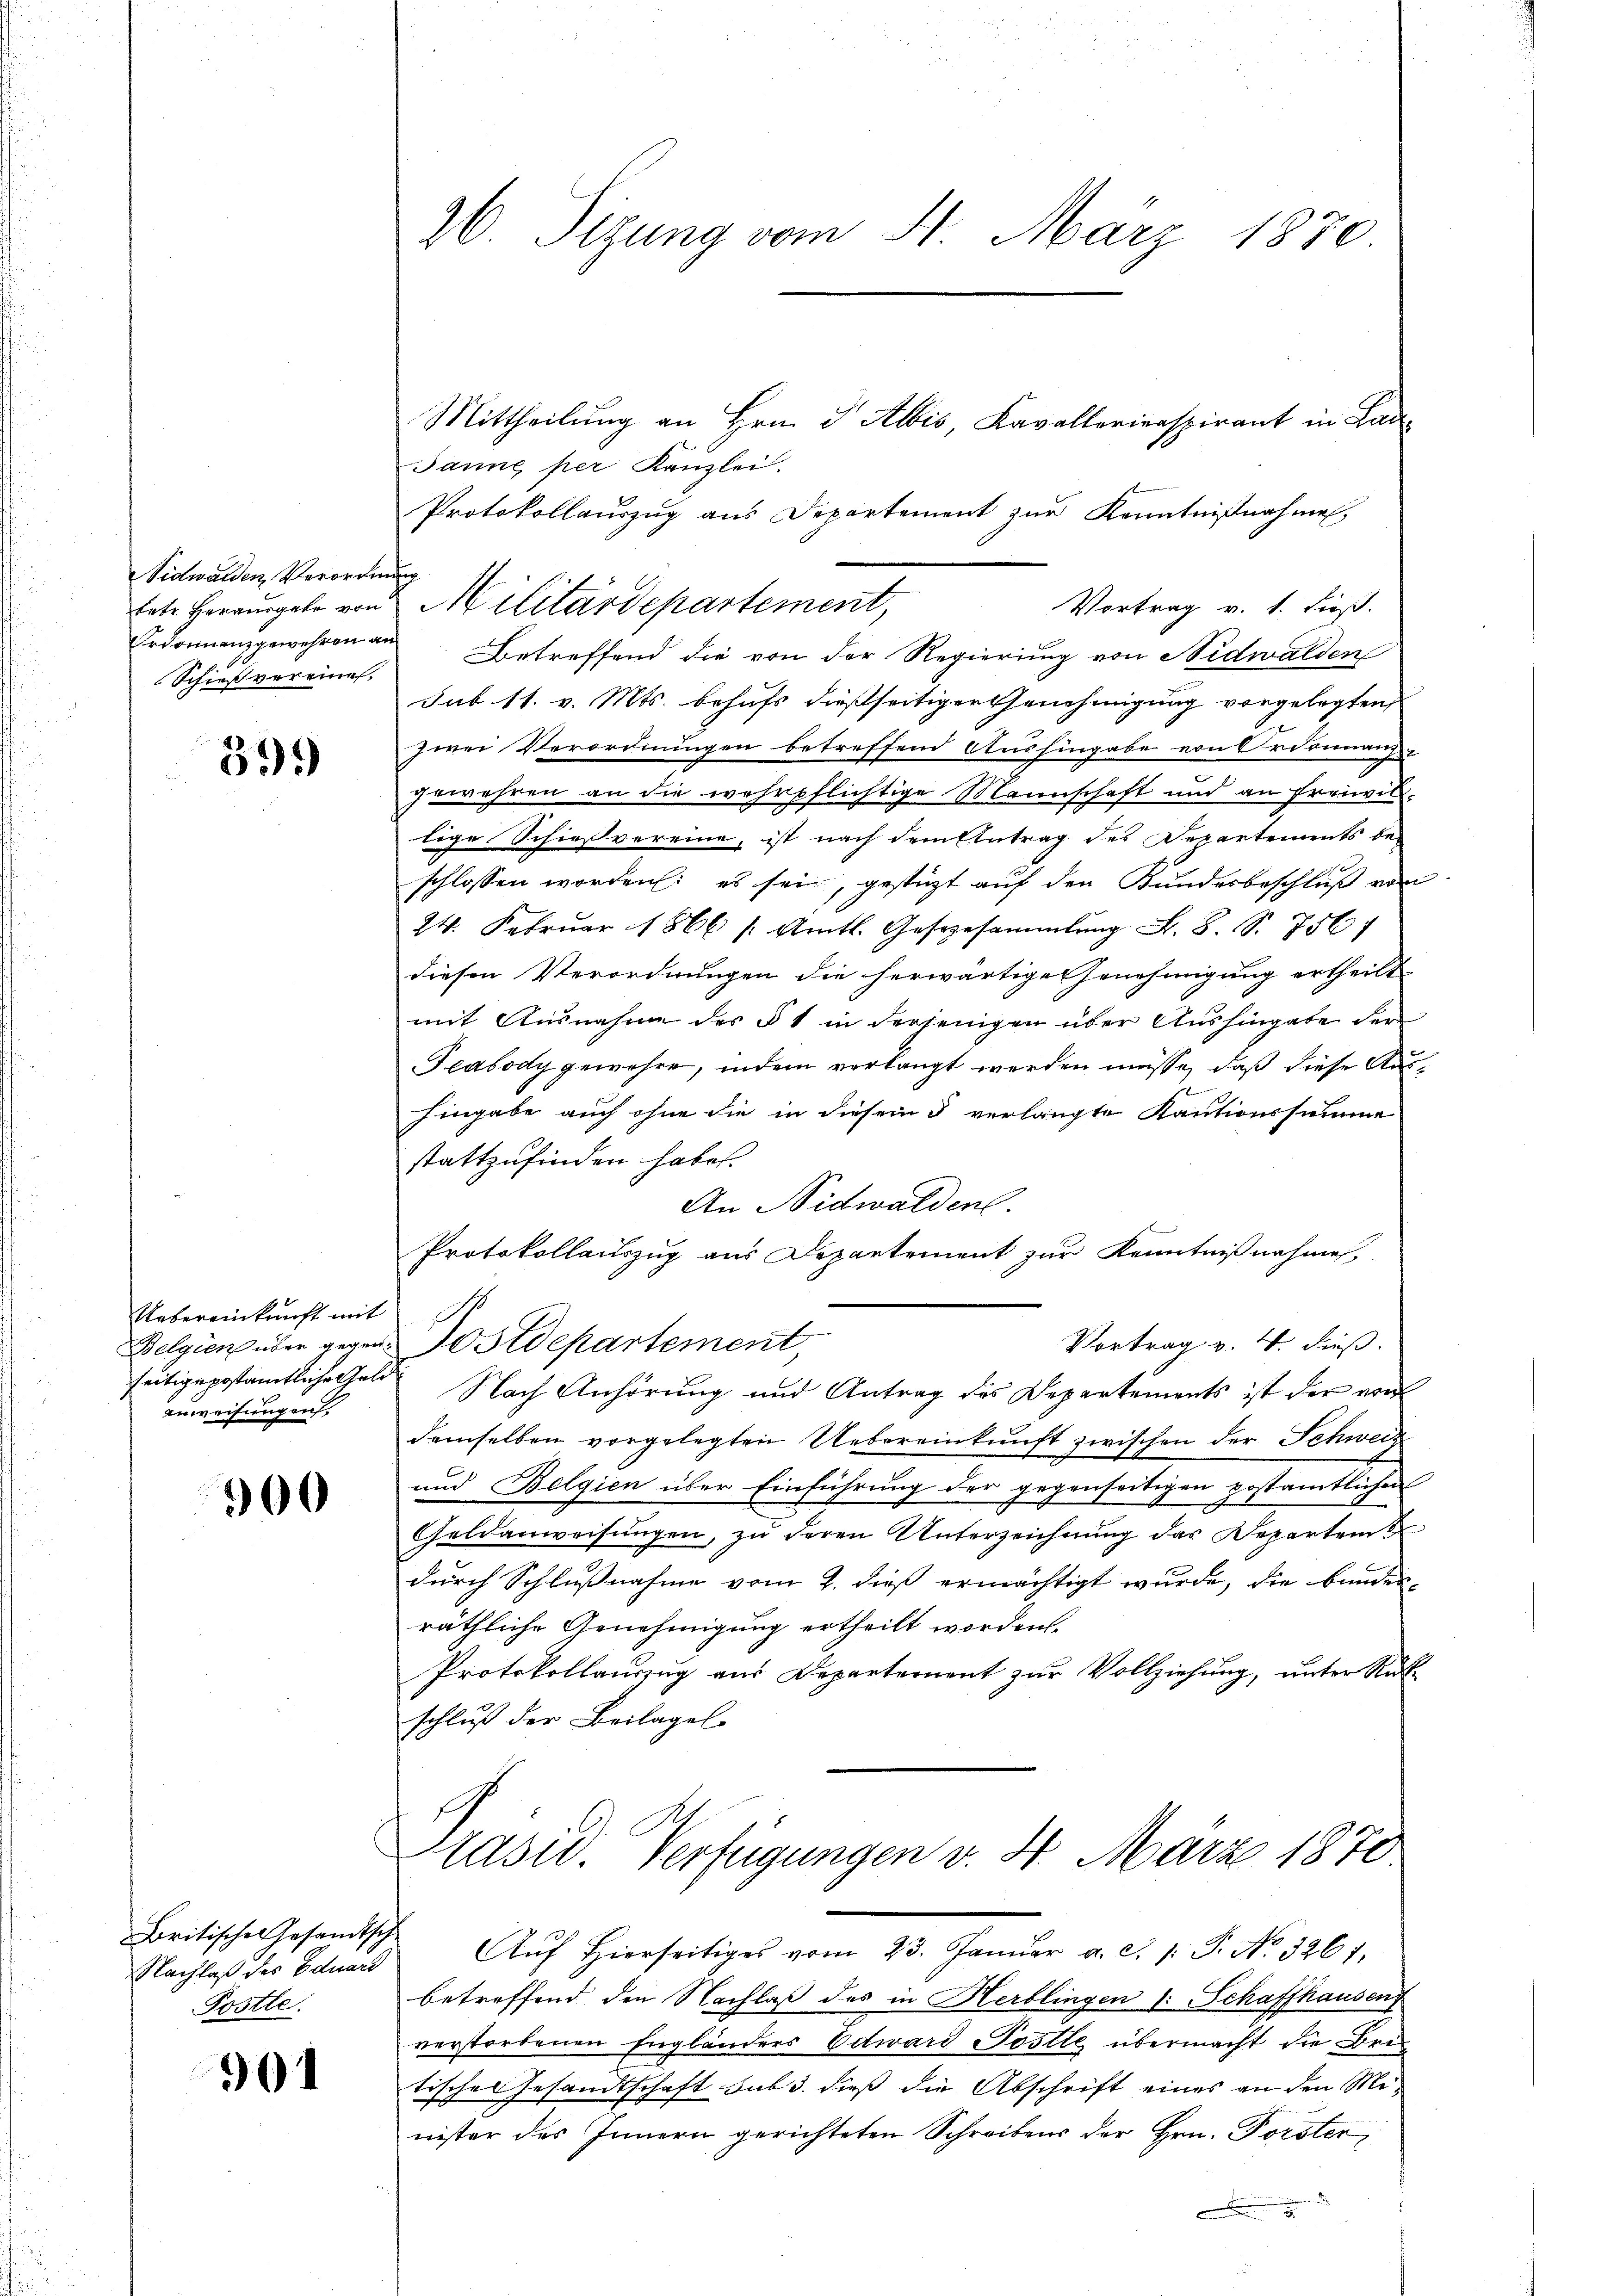
Nidwalden Verordnung
Erdonnanz gewehren an
Schießvereines,

399

Uebereinkunft mit
seitige postämtliche Geld
anweisungen.

900

Britische Gesandtsch
Nachlaß des Eduard
Postle

901

26 Sizung vom 4. März 1870

Mittheilung an Hrn. F. Albis Kavallerierspirant in Bad
Janne per Kanzlei.
Protokollauszug aus Departement zur Kenntnißnahmen,
Vortrag v. 1. Fuß.
Betreffend die von der Regierung von Nidwalden
sub 11. v. Mts. behufs dießseitiger Genehmigung vorgelegten
zwei Verordnungen betreffend Aushingabe von Ordonnanz
gewahren an die wehrpflichtige Mannschaft und an Freiwillige Schießvereine, ist nach dem Antrag des Departements beschlossen worden: es sei, gestüzt auf den Kundesbeschluß von
24. Februar 1866 /: Amtl. Gesezesammlung L. S. S. 756)
diesen Verordnungen die herwärtige Genehmigung ertheilt.
mit Ausnahme des § 1 in derjenigen über Aushingate der
Teabody gewöhre, indem verlangt werden müsse, daß diese Aushingabe auch ohne die in diesem § verlangte Kautionssumme
stattzufinden habet.
An Nidwalden.
Protokollauszug aus Departement zur Kenntnißnahme,
Vortrag v. 4. dieß.
Belgien über gegen Postdepartement
Nach Anhörung und Antrag des Departements ist der von
demselben vorgelegten Uebereinkunft zwischen der Schweiz
und Belgien über Einführung der gegenseitigen postamtlichen
Geldanweisŭngen, zŭ deren Unterzeichnŭng das Departem
durch Schlussnahme vom 2. dieß ermächtigt wurde, die bundesräthliche Genehmigung ertheilt worden.
Protokollauszug aus Departement zŭr Vollziehung, unter Rük
schluß der Beilagel

tete Herausgabe von Militärdepartement,

Präsid Verfügungen v. 4. März 1870

Aŭf Hierseitiges vom 23. Janŭar a. c. p. P. No. 3267.
betreffend den Nachlaß des in Herblingen (: Schaffhausen
verstorbenen Engländers Edward Postle übermacht die Bretisches Gesandtschaft sub 3. dieß die Abschrift eines an den Mi-
nister des Innern gerichteten Schreibens der Hrn. Forster,
.